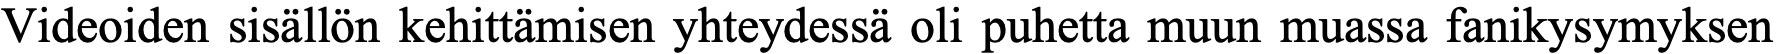
Videoiden sisällön kehittämisen yhteydessä oli puhetta muun muassa fanikysymyksen